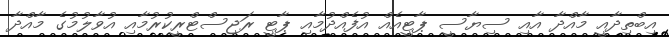
އިބްތިދާއީ މާއްދާ އާއި ސިޔާސީ ޕާޓީއެއް އުފެއްދުމާއި ޕާޓީ ރަޖިސްޓްރީކުރުމާއި އުވާލުމުގެ މާއްދާ